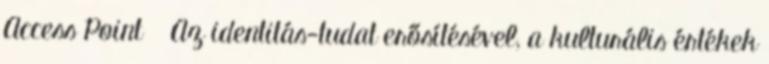
Access Point  Az identitás-tudat erősítésével, a kulturális értékek